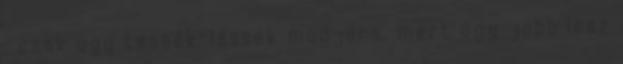
: csak úgy tessék-lássék módjára, mert úgy jobb lesz